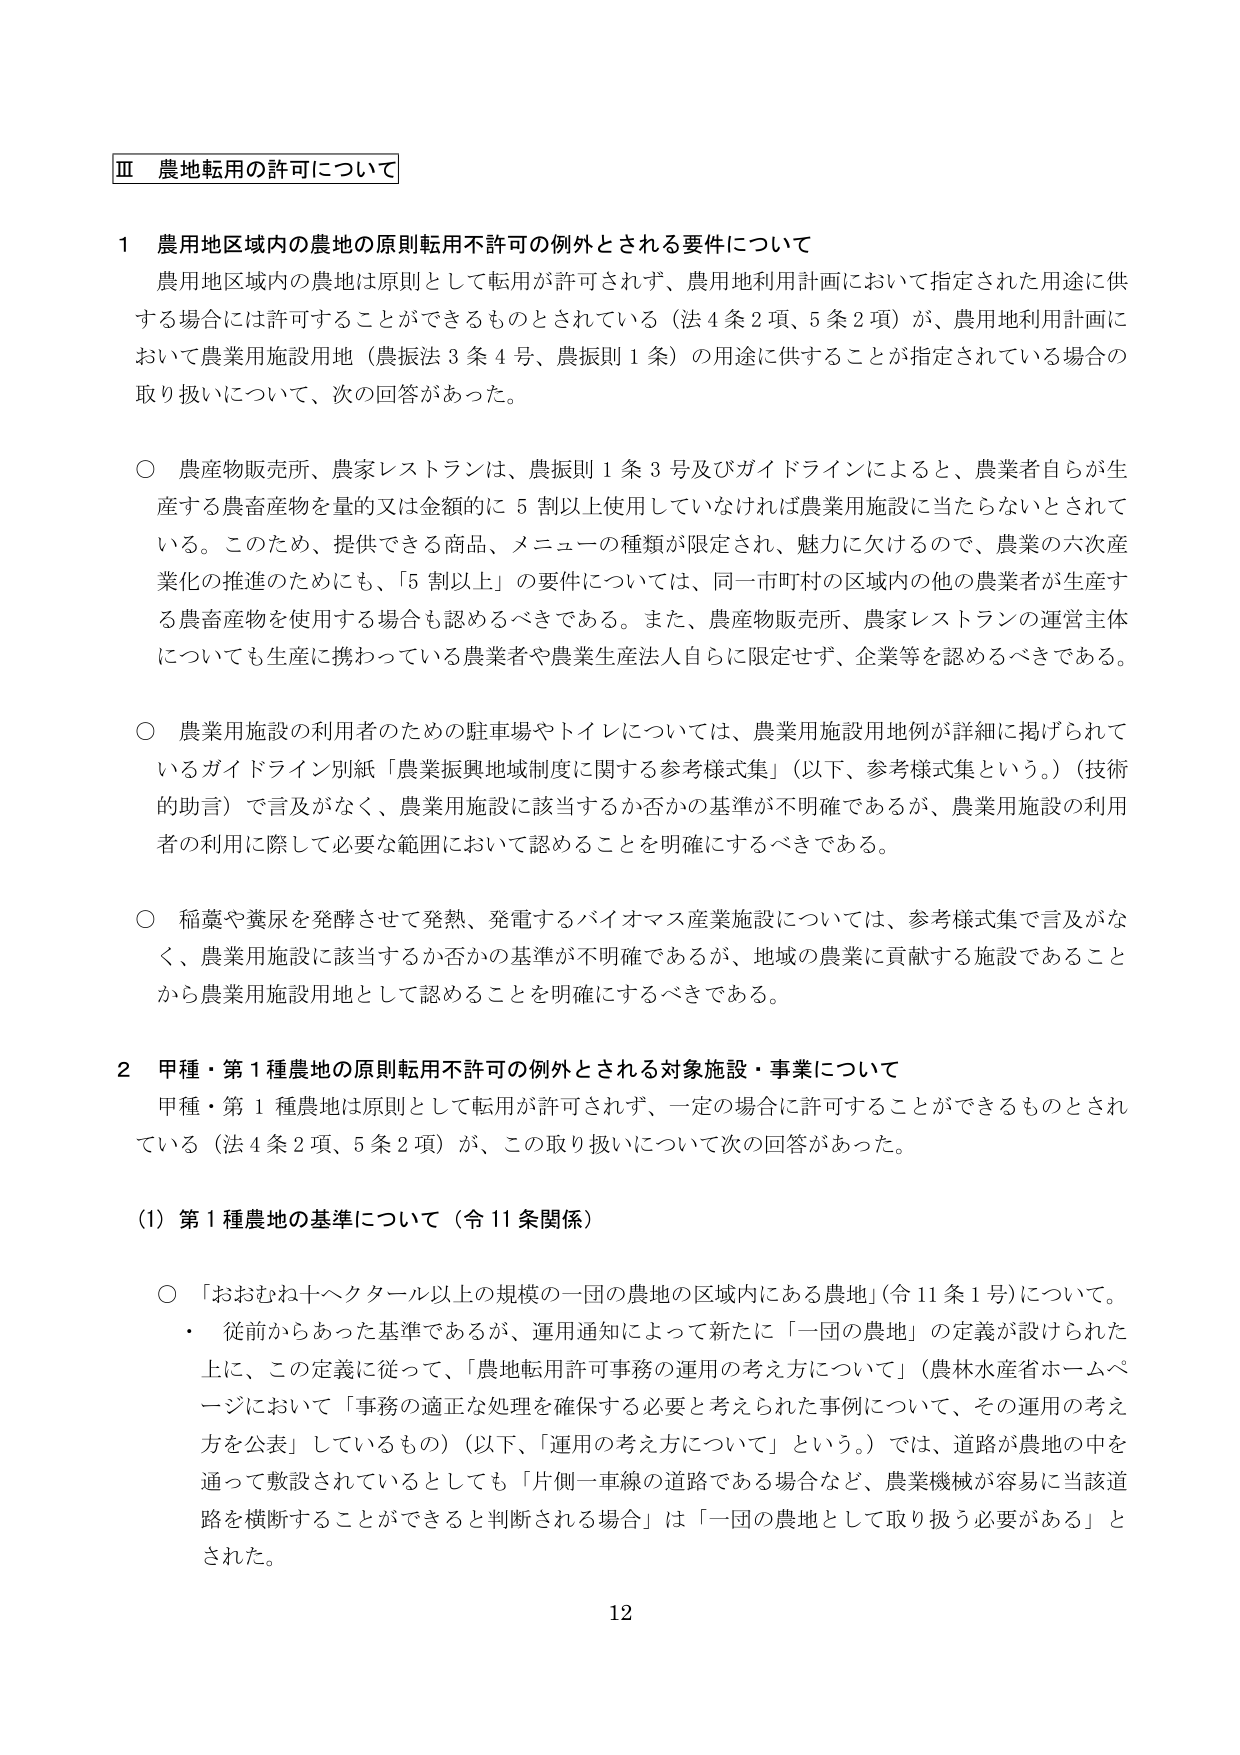
Ⅲ 農地転用の許可について

1 農用地区域内の農地の原則転用不許可の例外とされる要件について
農用地区域内の農地は原則として転用が許可されず、農用地利用計画において指定された用途に供する場合には許可することができるものとされている（法4条2項、5条2項）が、農用地利用計画において農業用施設用地（農振法3条4号、農振則1条）の用途に供することが指定されている場合の取り扱いについて、次の回答があった。

○ 農産物販売所、農家レストランは、農振則1条3号及びガイドラインによると、農業者自らが生産する農畜産物を量的又は金額的に5割以上使用していなければ農業用施設に当たらないとされている。このため、提供できる商品、メニューの種類が限定され、魅力に欠けるので、農業の六次産業化の推進のためにも、「5割以上」の要件については、同一市町村の区域内の他の農業者が生産する農畜産物を使用する場合も認めるべきである。また、農産物販売所、農家レストランの運営主体についても生産に携わっている農業者や農業生産法人自らに限定せず、企業等を認めるべきである。

○ 農業用施設の利用者のための駐車場やトイレについては、農業用施設用地例が詳細に掲げられているガイドライン別紙「農業振興地域制度に関する参考様式集」（以下、参考様式集という。）（技術的助言）で言及がなく、農業用施設に該当するか否かの基準が不明確であるが、農業用施設の利用者の利用に際して必要な範囲において認めることを明確にするべきである。

○ 稲藁や糞尿を発酵させて発熱、発電するバイオマス産業施設については、参考様式集で言及がなく、農業用施設に該当するか否かの基準が不明確であるが、地域の農業に貢献する施設であることから農業用施設用地として認めることを明確にするべきである。

2 甲種・第1種農地の原則転用不許可の例外とされる対象施設・事業について
甲種・第1種農地は原則として転用が許可されず、一定の場合に許可することができるものとされている（法4条2項、5条2項）が、この取り扱いについて次の回答があった。

(1) 第1種農地の基準について（令11条関係）

○ 「おおむね十ヘクタール以上の規模の一団の農地の区域内にある農地」（令11条1号）について。
・ 従前からあった基準であるが、運用通知によって新たに「一団の農地」の定義が設けられた上に、この定義に従って、「農地転用許可事務の運用の考え方について」（農林水産省ホームページにおいて「事務の適正な処理を確保する必要と考えられた事例について、その運用の考え方を公表」しているもの）（以下、「運用の考え方について」という。）では、道路が農地の中を通って敷設されているとしても「片側一車線の道路である場合など、農業機械が容易に当該道路を横断することができる」と判断される場合」は「一団の農地として取り扱う必要がある」とされた。

12